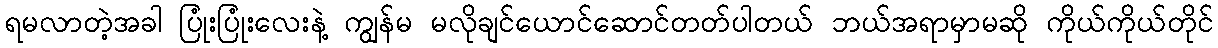
ရမလာတဲ့အခါ ပြုံးပြုံးလေးနဲ့ ကျွန်မ မလိုချင်ယောင်ဆောင်တတ်ပါတယ် ဘယ်အရာမှာမဆို ကိုယ်ကိုယ်တိုင်